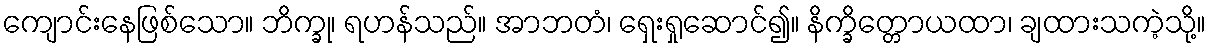
ကျောင်းနေဖြစ်သော။ ဘိက္ခု၊ ရဟန်သည်။ အာဘတံ၊ ရှေးရှုဆောင်၍။ နိက္ခိတ္တောယထာ၊ ချထားသကဲ့သို့။